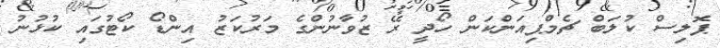
ޕޮލިސް ކުލަބް ޗެމްޕިއަންކަން ހޯދީ ރޭ ޒުވާނުންގެ މަރުކަޒު އިންޑޯ ކޯޓުގައި ކުޅުނު